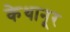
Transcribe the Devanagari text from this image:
केथानूर